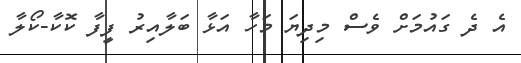
އެ ދެ ގައުމަށް ވެސް މިދިޔަ މަހާ އަޅާ ބަލާއިރު ފީފާ ކޮކާ-ކޯލާ